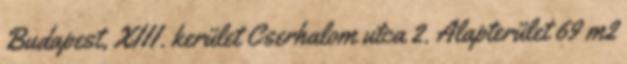
Budapest, XIII. kerület Cserhalom utca 2. Alapterület 69 m2